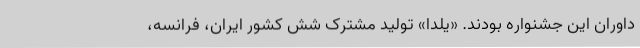
داوران این جشنواره بودند. «یلدا» تولید مشترک شش کشور ایران، فرانسه،